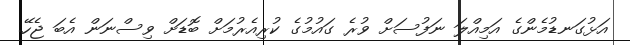
އަޅުގަނޑުމެންގެ އަމިއްލަ ނަފުސަށް ވުރެ ގައުމުގެ ކުރިއެރުމަށް ބޮޑަށް ވިސްނަން އެބަ ޖެހޭ.